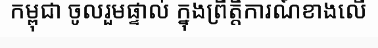
កម្ពុជា ចូលរួមផ្ទាល់ ក្នុងព្រឹត្តិការណ៍ខាងលើ